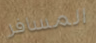
المسافر